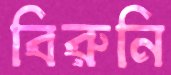
বিরুনি